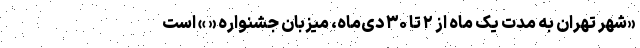
‌«شهر تهران به مدت یک ماه از ۲ تا ۳۰ دی‌ماه، میزبان جشنواره « » است